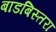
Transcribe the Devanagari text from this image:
बाडबिस्तरा